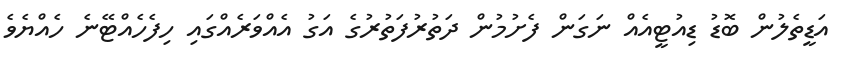
އަޑީތެލުން ބޮޑު ޑިއުޓީއެއް ނަގަން ފެށުމުން ދަތުރުފަތުރުގެ އަގު އެއްވަރެއްގައި ހިފެހެއްޓޭނެ ހެއްޔެވެ